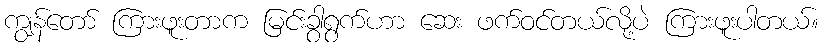
ကျွန်တော် ကြားဖူးတာက မြင်းခွာရွက်ဟာ ဆေး ဖက်ဝင်တယ်လို့ပဲ ကြားဖူးပါတယ်။